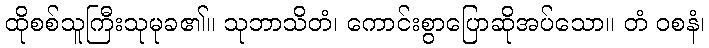
ထိုစစ်သူကြီးသုမုခ၏။ သုဘာသိတံ၊ ကောင်းစွာပြောဆိုအပ်သော။ တံ ဝစနံ၊